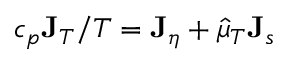
c _ { p } { \bf J } _ { T } / T = { \bf J } _ { \eta } + \hat { \mu } _ { T } { \bf J } _ { s }